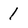
Character: 1